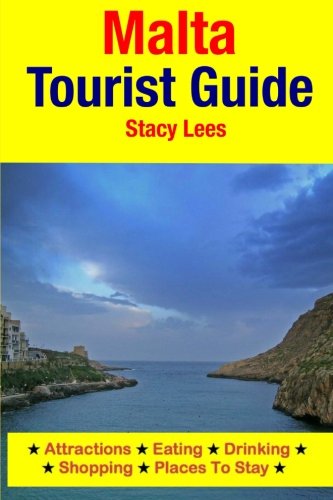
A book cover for Malta Tourist Guide: Attractions, Eating, Drinking, Shopping & Places To Stay; Stacy Lees; Travel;